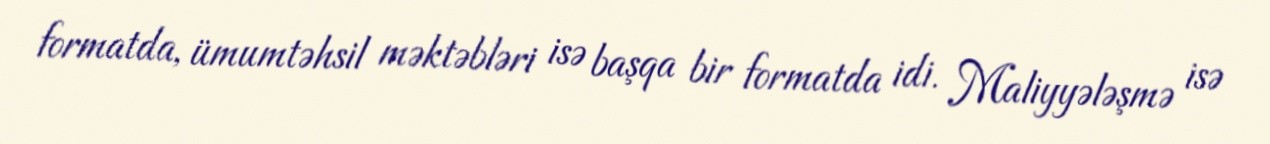
formatda, ümumtəhsil məktəbləri isə başqa bir formatda idi. Maliyyələşmə isə